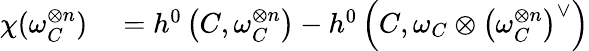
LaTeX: \begin{array}{rl}{\chi(\omega_{C}^{\otimes n})}&{{}=h^{0}\left(C,\omega_{C}^{\otimes n}\right)-h^{0}\left(C,\omega_{C}\otimes\left(\omega_{C}^{\otimes n}\right)^{\vee}\right)}\end{array}